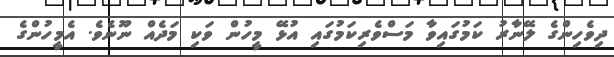
ދިވެހިންގެ ލޭނާރު ކަމުގައިވާ މަސްވެރިކަމުގައި އުޅޭ މީހުން ވަކި މަދެއް ނޫނެވެ. އެމީހުންގެ